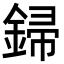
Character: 𨧪